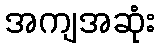
အကျအဆုံး